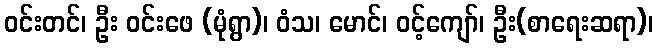
ဝင်းတင်၊ ဦး ဝင်းဖေ (မုံရွာ)၊ ဝံသ၊ မောင်၊ ဝင့်ကျော်၊ ဦး(စာရေးဆရာ)၊